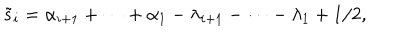
\tilde { s } _ { i } = \alpha _ { i + 1 } + \cdots + \alpha _ { 1 } - \lambda _ { i + 1 } - \cdots - \lambda _ { 1 } + 1 / 2 ,